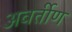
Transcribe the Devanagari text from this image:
अवर्तीण